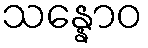
သန္နောဝ